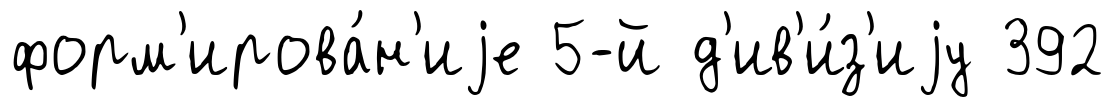
форм'ирова́н'иjе 5-й д'ив'и́з'иjу 392